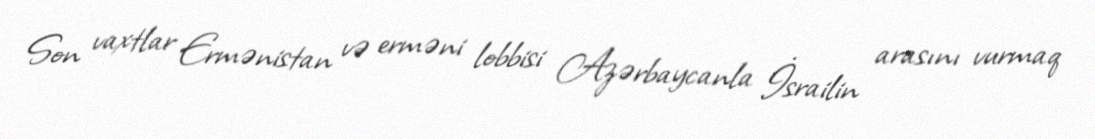
Son vaxtlar Ermənistan və erməni lobbisi Azərbaycanla İsrailin arasını vurmaq